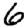
Digit: 6